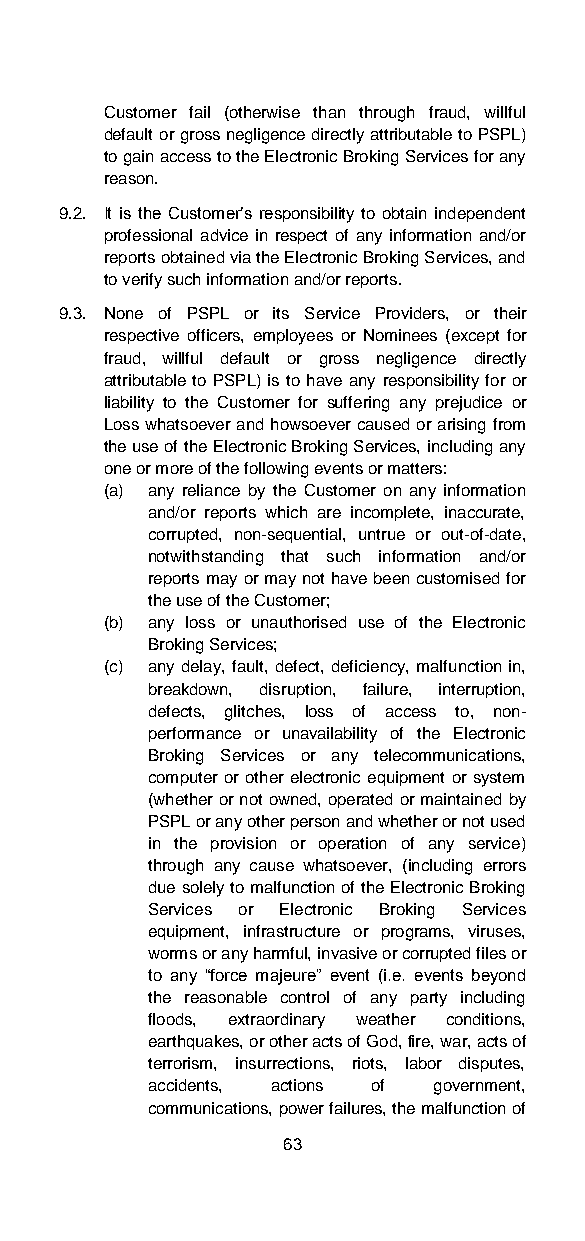
Customer fail (otherwise than through fraud, willful
 default or gross negligence directly attributable to PSPL)
 to gain access to the Electronic Broking Services for any
 reason.
 9.2. It is the Customer’s responsibility to obtain independent
 professional advice in respect of any information and/or
 reports obtained via the Electronic Broking Services, and
 to verify such information and/or reports.
 9.3. None of PSPL or its Service Providers, or their
 respective officers, employees or Nominees (except for
 fraud, willful default or gross negligence directly
 attributable to PSPL) is to have any responsibility for or
 liability to the Customer for suffering any prejudice or
 Loss whatsoever and howsoever caused or arising from
 the use of the Electronic Broking Services, including any
 one or more of the following events or matters:
 (a) any reliance by the Customer on any information
 and/or reports which are incomplete, inaccurate,
 corrupted, non-sequential, untrue or out-of-date,
 notwithstanding that such information and/or
 reports may or may not have been customised for
 the use of the Customer;
 (b) any loss or unauthorised use of the Electronic
 Broking Services;
 (c) any delay, fault, defect, deficiency, malfunction in,
 breakdown, disruption, failure, interruption,
 defects, glitches, loss of access to, non-
 performance or unavailability of the Electronic
 Broking Services or any telecommunications,
 computer or other electronic equipment or system
 (whether or not owned, operated or maintained by
 PSPL or any other person and whether or not used
 in the provision or operation of any service)
 through any cause whatsoever, (including errors
 due solely to malfunction of the Electronic Broking
 Services or Electronic Broking Services
 equipment, infrastructure or programs, viruses,
 worms or any harmful, invasive or corrupted files or
 to any “force majeure” event (i.e. events beyond
 the reasonable control of any party including
 floods, extraordinary weather conditions,
 earthquakes, or other acts of God, fire, war, acts of
 terrorism, insurrections, riots, labor disputes,
 accidents, actions of government,
 communications, power failures, the malfunction of
 63